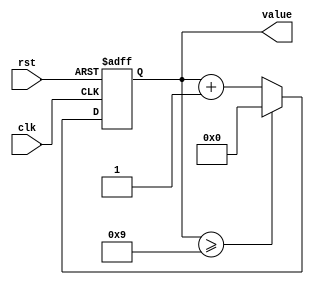
module counter_0x9
(input clk, rst, 
output reg [3:0] value);

  always @ (posedge clk,negedge  rst) begin
	if (rst==0) 
		value = 0;
		
    else if (value >=9)
		value =0;
	else
		value = value +1;
	end
	
endmodule